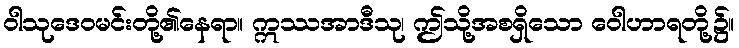
ဝါသုဒေဝမင်းတို့၏နေရာ။ ဣဿအာဒီသု၊ ဤသို့အစရှိသော ဝေါဟာရတို့၌။